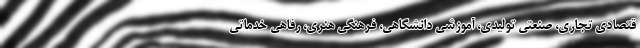
قتصادی تجاری، صنعتي تولیدی، آموزشی دانشگاهی، فرهنگي هنری، رفاهی خدماتی